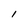
Character: 1